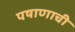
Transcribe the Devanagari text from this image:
पषाणाची